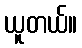
ယူတယ်။